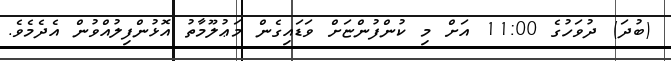
(ބުދަ) ދުވަހުގެ 11:00 އަށް މި ކުންފުންޏަށް ވަޑައިގެން މަޢުލޫމާތު އޮޅުންފިލުއްވުން އެދެމެވެ.